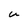
Character: U